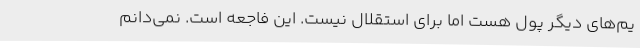
یم‌های دیگر پول هست اما برای استقلال نیست. این فاجعه است. نمی‌دانم